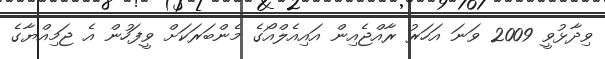
ވިދާޅުވީ 2009 ވަނަ އަހަރު ރާއްޖެއިން އައިއެލްއޯގެ މެންބަރަކަށް ވީފަހުން އެ ޖަމިއްޔާގެ